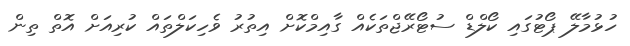
ހުޅުމާލޭ ޕޯޓުގައި ކޯލްޑް ސުޓޯރޭޖްތަކެއް ގާއިމްކޮށް އިތުރު ވެހިކަލްތައް ކުރިއަށް އޮތް ތިން